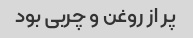
پر از روغن و چربی بود